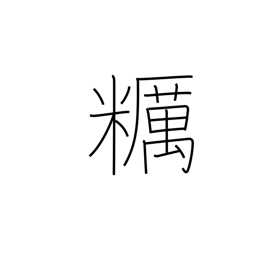
Meaning: unpolished rice